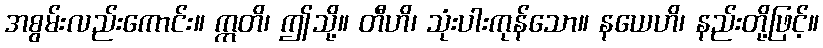
အစွမ်းလည်းကောင်း။ ဣတိ၊ ဤသို့။ တီဟိ၊ သုံးပါးကုန်သော။ နယေဟိ၊ နည်းတို့ဖြင့်။